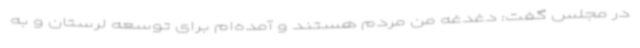
در مجلس گفت: دغدغه من مردم هستند و آمده‌ام برای توسعه لرستان و به